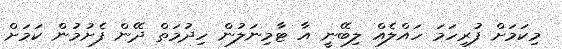
މިކަމަށް ފުރިހަމަ ހައްލެއް ލިބޭނީ އާ ޓާމިނަލުން ހިދުމަތް ދޭން ފެށުމުން ކަމަށް